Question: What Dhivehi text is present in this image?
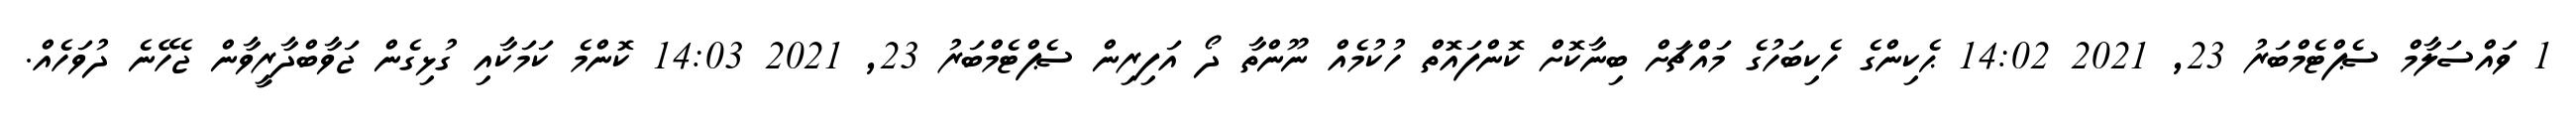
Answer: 1 ވައްސަލާމް ސެޕްޓެމްބަރު 23, 2021 14:02 ޙެކިންގެ ހެކިބަހުގެ މައްޗަށް ބިނާކޮށް ކޮންފައޮތް ހުކުމެއް ނޫންތާ ދޯ އަފިރިން ސެޕްޓެމްބަރު 23, 2021 14:03 ކޮންމެ ކަމަކާއި ގުޅިގެން ޖަވާބްދާރީވާން ޖެހޭނެ ދުވަހެއް.